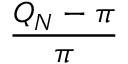
\frac { Q _ { N } - \pi } { \pi }